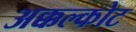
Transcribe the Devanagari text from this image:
अक्कल्कोट